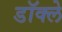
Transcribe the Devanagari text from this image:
डॉक्ले